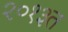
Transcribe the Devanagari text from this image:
२०१३त